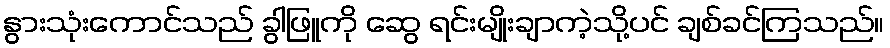
နွားသုံးကောင်သည် ခွါဖြူကို ဆွေ ရင်းမျိုးချာကဲ့သို့ပင် ချစ်ခင်ကြသည်။